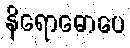
နိရောဓောပေ